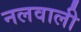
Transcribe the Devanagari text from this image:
नलवाली